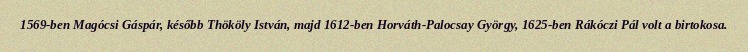
1569-ben Magócsi Gáspár, később Thököly István, majd 1612-ben Horváth-Palocsay György, 1625-ben Rákóczi Pál volt a birtokosa.